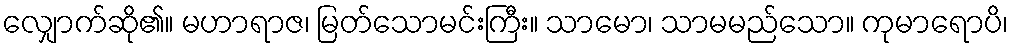
လျှောက်ဆို၏။ မဟာရာဇ၊ မြတ်သောမင်းကြီး။ သာမော၊ သာမမည်သော။ ကုမာရောပိ၊